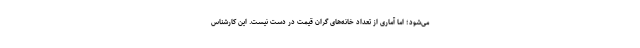
می‌شود؛ اما آماری از تعداد خانه‌های گران قیمت در دست نیست. این کارشناس